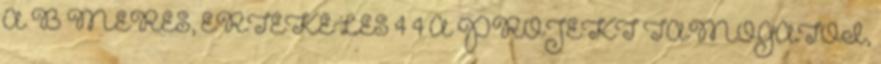
A B MÉRÉS, ÉRTÉKELÉS 4 4 A PROJEKT TÁMOGATÓI,